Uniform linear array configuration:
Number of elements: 4
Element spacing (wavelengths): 0.25
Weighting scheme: hamming
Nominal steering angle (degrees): -45
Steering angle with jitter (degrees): -45.085
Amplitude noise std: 0.05
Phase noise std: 0.05

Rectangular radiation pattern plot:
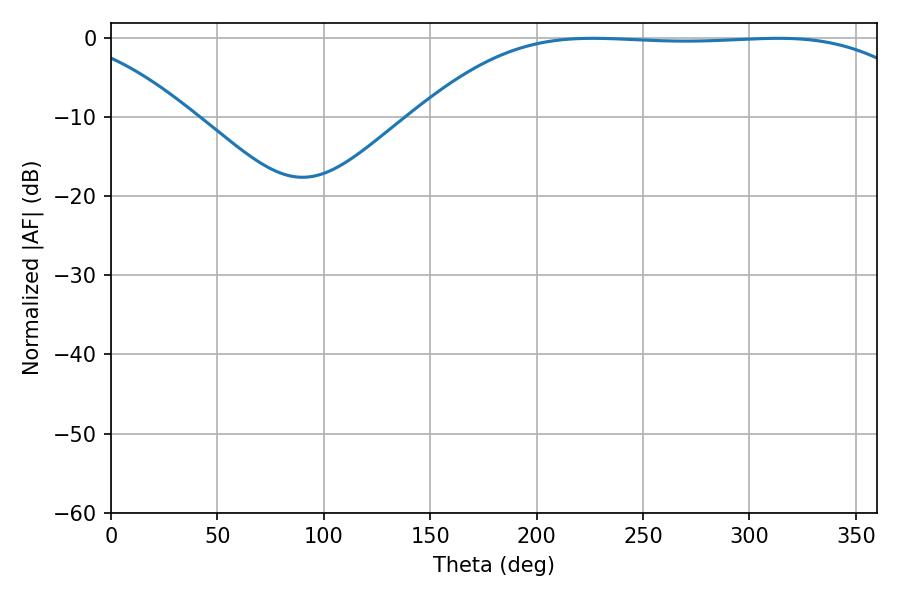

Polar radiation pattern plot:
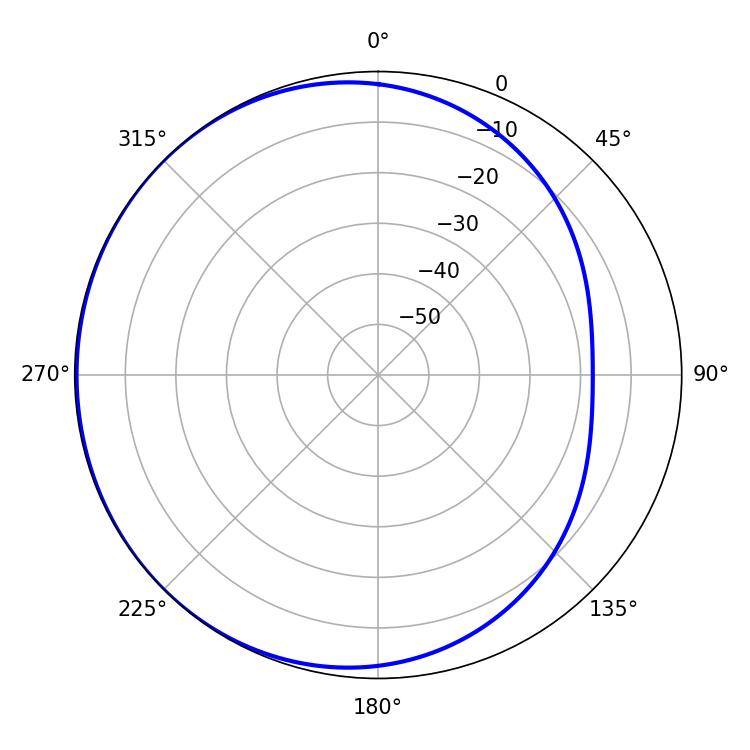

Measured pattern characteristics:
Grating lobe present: FALSE
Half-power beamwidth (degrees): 183.78
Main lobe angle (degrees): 226.44